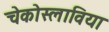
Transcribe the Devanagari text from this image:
चेकोस्लाविया